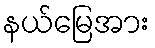
နယ်မြေအား